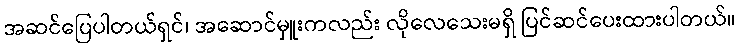
အဆင်ပြေပါတယ်ရှင်၊ အဆောင်မှူးကလည်း လိုလေသေးမရှိ ပြင်ဆင်ပေးထားပါတယ်။